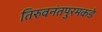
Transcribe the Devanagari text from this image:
तिरुवनंतपुरमकडे